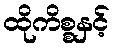
ထိုကိစ္စနှင့်